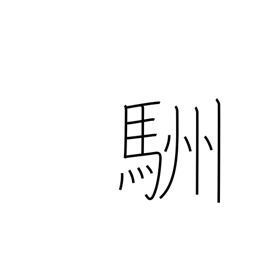
Meaning: horse's tail